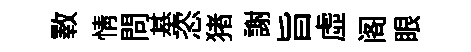
斁情問基恣猪謝旨虛阁眼